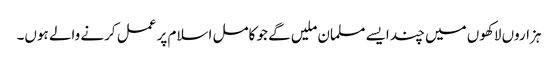
ہزاروں لاکھوں میں چند ایسے مسلمان ملیں گے جو کامل اسلام پر عمل کرنے والے ہوں۔